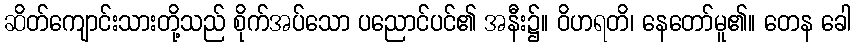
ဆိတ်ကျောင်းသားတို့သည် စိုက်အပ်သော ပညောင်ပင်၏ အနီး၌။ ဝိဟရတိ၊ နေတော်မူ၏။ တေန ခေါ